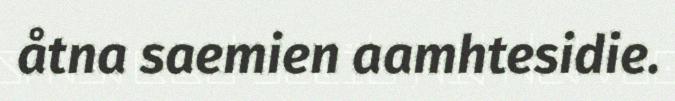
åtna saemien aamhtesidie.